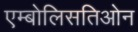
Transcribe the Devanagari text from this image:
एम्बोलिसतिओन